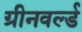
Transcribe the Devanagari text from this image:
ग्रीनवर्ल्ड